Annual administration report of the Civil Veterinary Department of India - 1899-1900
Year: 1899
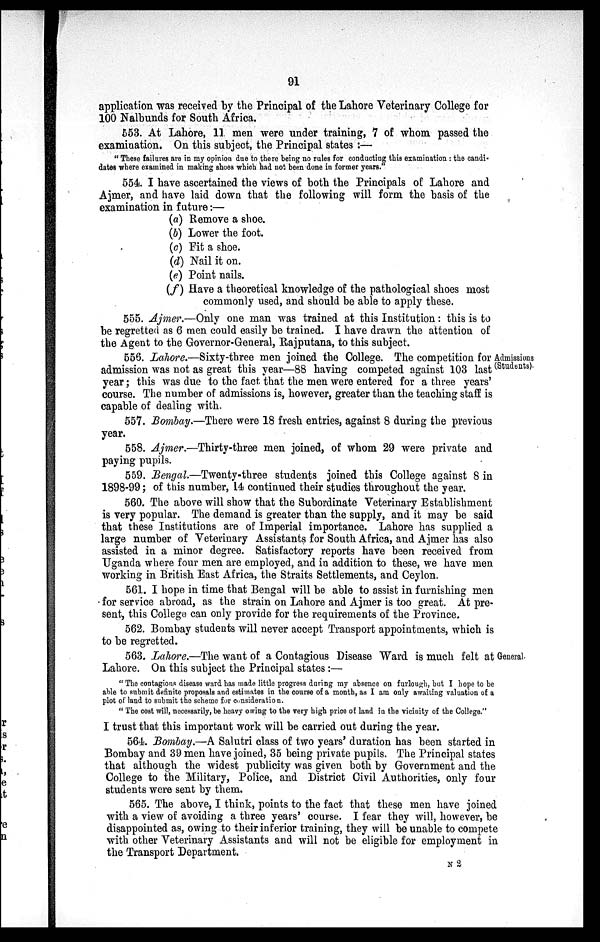
91
application was received by the Principal of the Lahore Veterinary College for
100 Nalbunds for South Africa.
553. At Lahore, 11 men were under training, 7 of whom passed the
examination. On this subject, the Principal states:—
"These failures are in my opinion due to there being no rules for conducting this examination: the candi-
dates where examined in making shoes which had not been done in former years."
554. I have ascertained the views of both the Principals of Lahore and
Ajmer, and have laid down that the following will form the basis of the
examination in future:—
(a) Remove a shoe.
(b) Lower the foot.
(c) Fit a shoe.
(d) Nail it on.
(e) Point nails.
(f) Have a theoretical knowledge of the pathological shoes most
commonly used, and should be able to apply these.
555. Ajmer.—Only one man was trained at this Institution: this is to
be regretted as 6 men could easily be trained. I have drawn the attention of
the Agent to the Governor-General, Rajputana, to this subject.
Admissions
(Students)
556. Lahore.—Sixty-three men joined the College. The competition for i
admission was not as great this year—88 having competed against 103 last
year; this was due to the fact that the men were entered for a three years'
course. The number of admissions is, however, greater than the teaching staff is
capable of dealing with.
557. Bombay.—There were 18 fresh entries, against 8 during the previous
year.
558. Ajmer.—Thirty-three men joined, of whom 29 were private and
paying pupils.
559. Bengal.—Twenty-three students joined this College against 8 in
1898-99; of this number, 14 continued their studies throughout the year.
560. The above will show that the Subordinate Veterinary Establishment
is very popular. The demand is greater than the supply, and it may be said
that these Institutions are of Imperial importance. Lahore has supplied a
large number of Veterinary Assistants for South Africa, and Ajmer has also
assisted in a minor degree. Satisfactory reports have been received from
Uganda where four men are employed, and in addition to these, we have men
working in British East Africa, the Straits Settlements, and Ceylon.
561. I hope in time that Bengal will be able to assist in furnishing men
for service abroad, as the strain on Lahore and Ajmer is too great. At pre-
sent, this College can only provide for the requirements of the Province.
562. Bombay students will never accept Transport appointments, which is
to be regretted.
General.
563. Lahore.—The want of a Contagious Disease Ward is much felt at
Lahore. On this subject the Principal states:—
"The contagious disease ward has made little progress during my absence on furlough, but I hope to be
able to submit definite proposals and estimates in the course of a month, as I am only awaiting valuation of a
plot of land to submit the scheme for consideration.
"The cost will, necessarily, be heavy owing to the very high price of land in the vicinity of the College."
I trust that this important work will be carried out during the year.
564. Bombay.—A Salutri class of two years' duration has been started in
Bombay and 39 men have joined, 35 being private pupils. The Principal states
that although the widest publicity was given both by Government and the
College to the Military, Police, and District Civil Authorities, only four
students were sent by them.
565. The above, I think, points to the fact that these men have joined
with a view of avoiding a three years' course. I fear they will, however, be
disappointed as, owing to their inferior training, they will be unable to compete
with other Veterinary Assistants and will not be eligible for employment in
the Transport Department.
N2